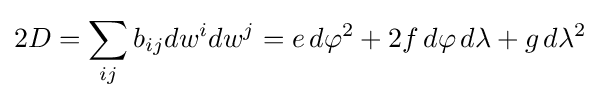
2D=\sum _{ij}b_{ij}dw^{i}dw^{j}=e\,d\varphi ^{2}+2f\,d\varphi \,d\lambda +g\,d\lambda ^{2}